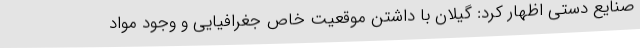
صنایع دستی اظهار کرد: گیلان با داشتن موقعیت خاص جغرافیایی و وجود مواد